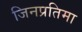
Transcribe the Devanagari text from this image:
जिनप्रतिमा